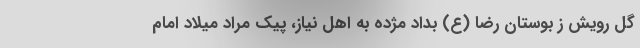
گل رویش ز بوستان رضا (ع) بداد مژده به اهل نیاز، پیک مراد میلاد امام